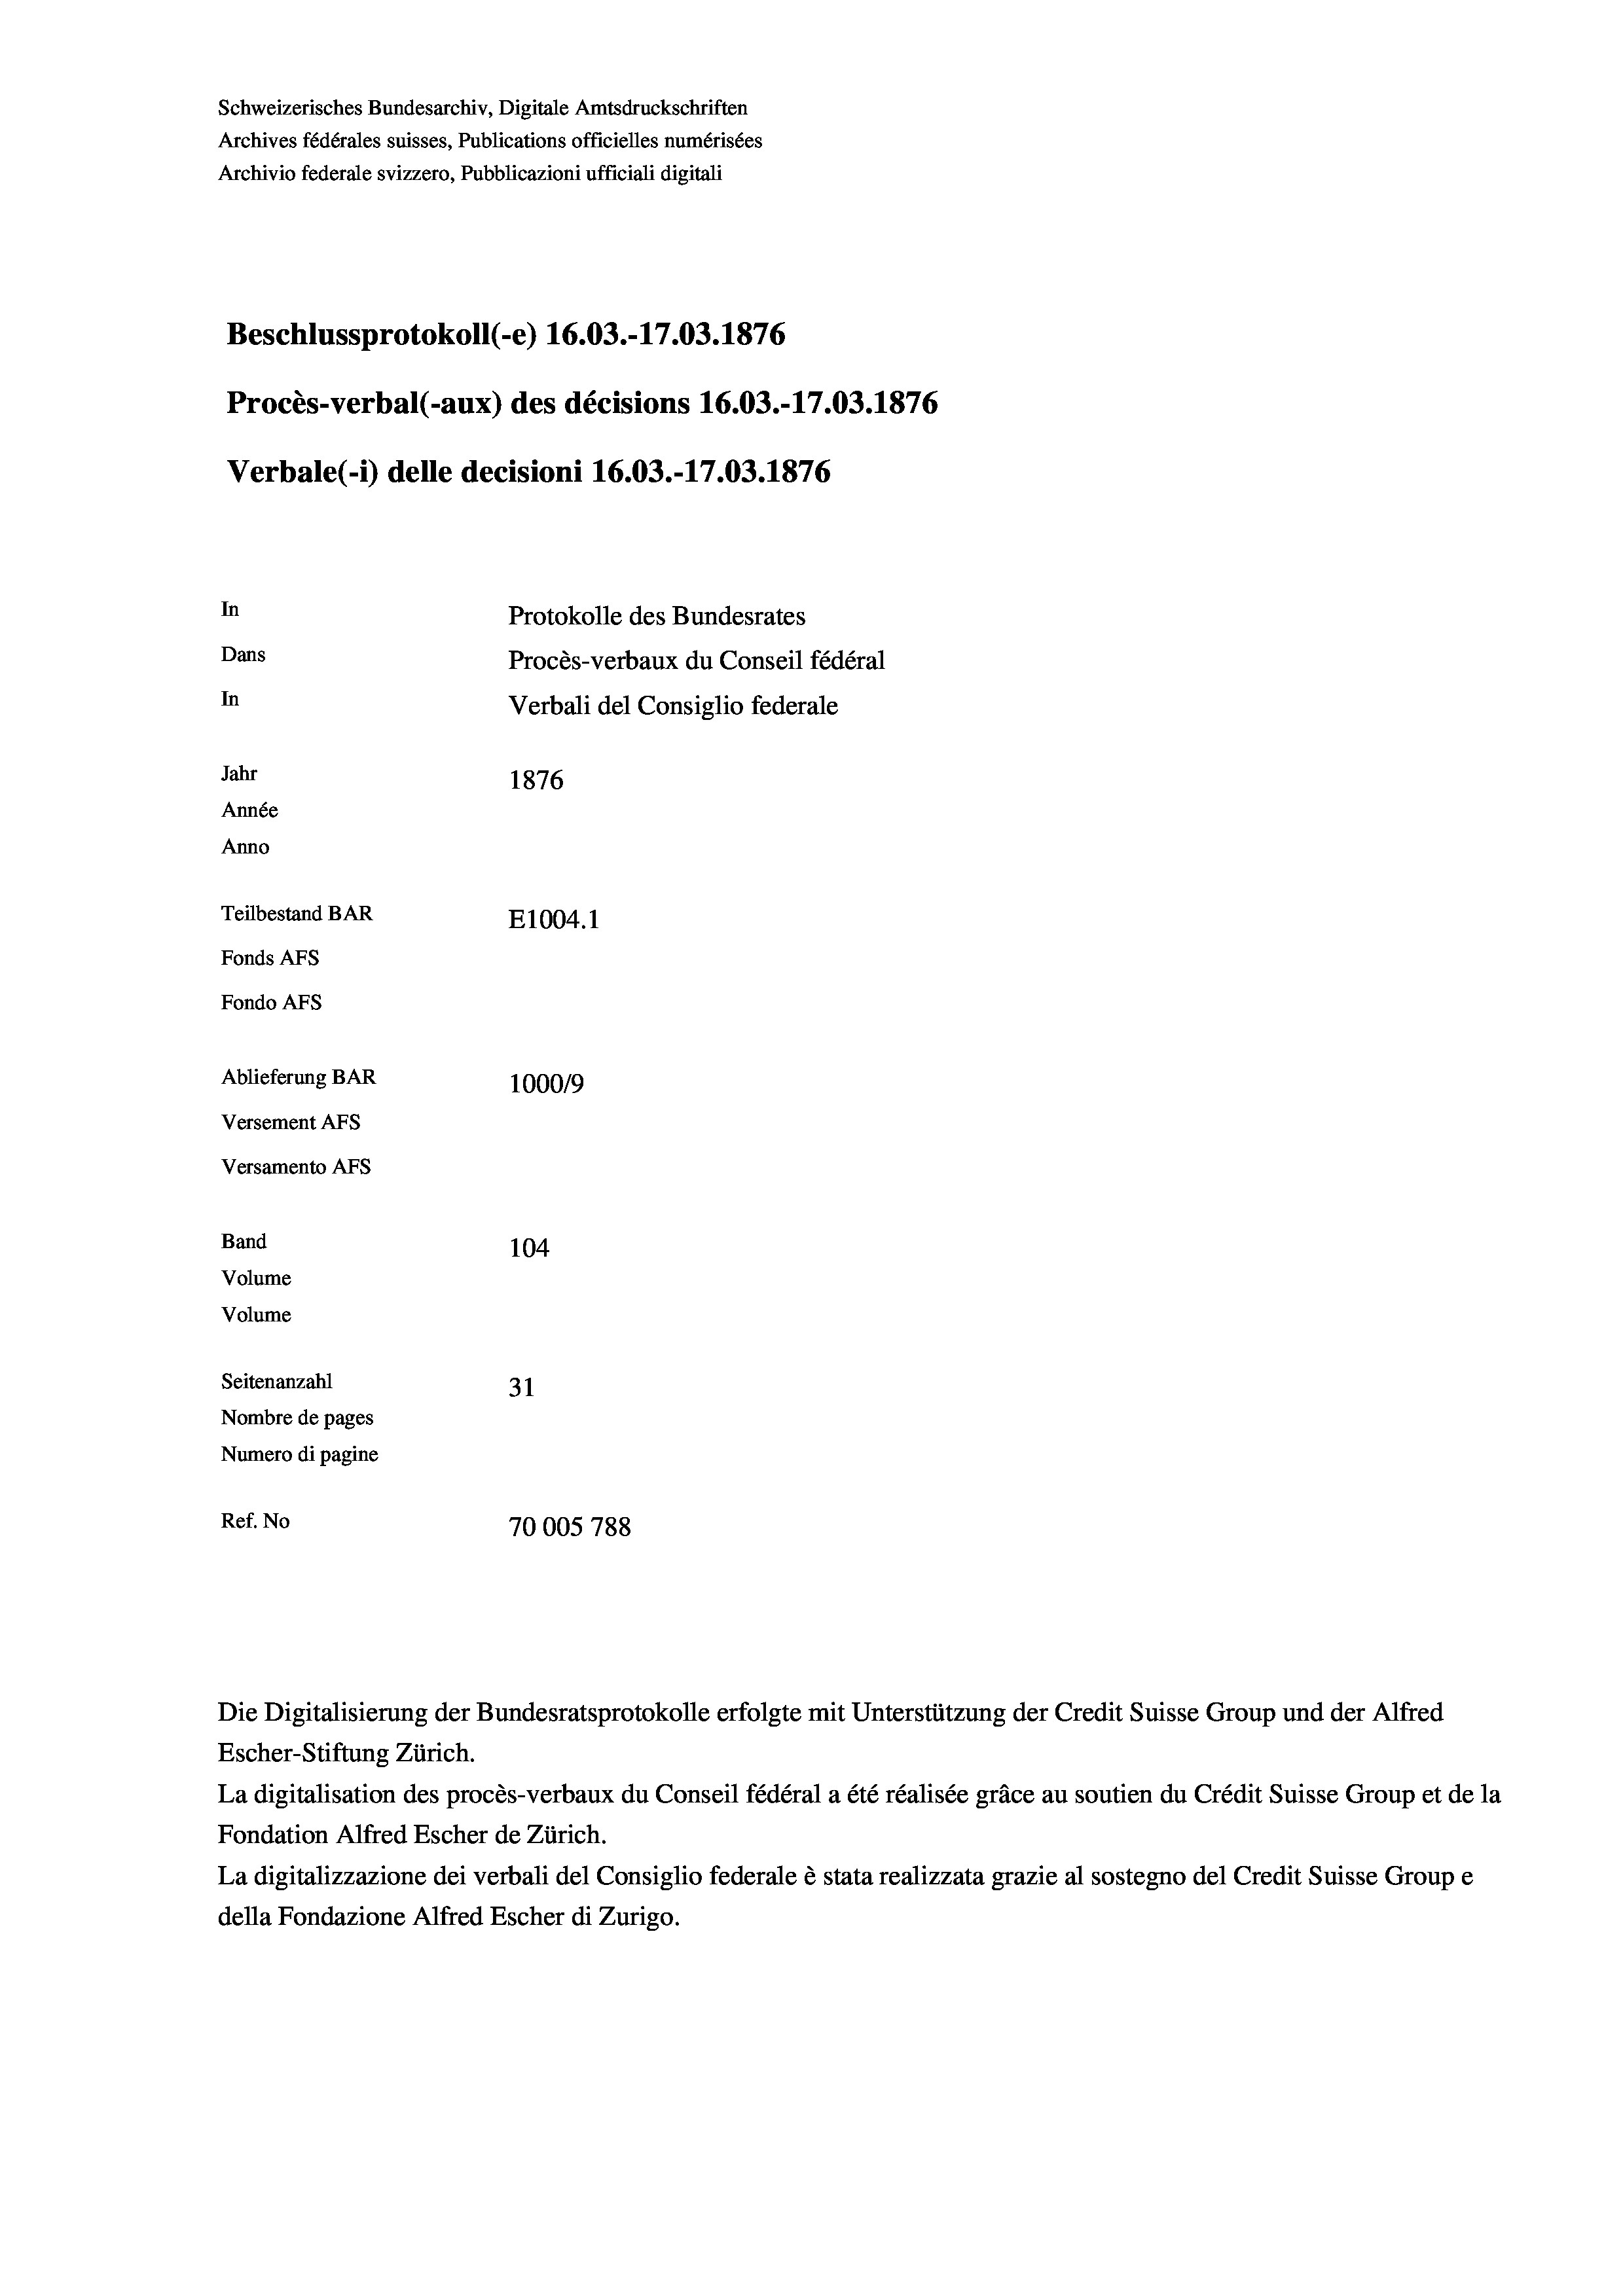
Schweizerisches Bundesarchiv, Digitale Amtsdruckschriften
Archives fédérales suisses, Publications officielles numérisées
Archivio federale svizzero, Pubblicazioni ufficiali digitali
Beschlussprotokoll (e) 16.03.-17.03. 1876
Procès-verbal (-aux) des décisions 16.03.-17.03. 1876
In
Protokolle des Bundesrates
Dans
Procès-verbaux du Conseil fédéral
In
Verbali del Consiglio federale
Jahr
1876
Année
Anno
Teilbestand BAR
E1004.1
Fonds AFs
Fondo Afs
Ablieferung BAR
100019
Versement AFs

Versamento Afs
Band
Volume
Volume

Verbale(*) delle decisioni 16.03.-17.03. 1876

104
Seitenanzahl
31
Nombre de pages
Numero di pagine
Ref. No
70005788

Escher-Stiftung Zürich.
La digitalisation des procès-verbaux du Conseil fédéral a été réalisée gräce au soutien du Crédit Suisse Group et de la
Fondation Alfred Escher de Zürich.
La digitalizzazione dei verbali del Consiglio federale è stata realizzata grazie al sostegno del Credit Suisse Groupe
della Fondazione Alfred Escher di Zurigo.

Die Digitalisierung der Bundesratsprotokolle erfolgte mit Unterstützung der Credit Suisse Group und der Alfred